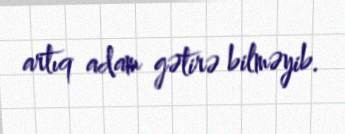
artıq adam gətirə bilməyib.